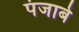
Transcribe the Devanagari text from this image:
पंजाबे